Leaving Certificate Examination (including Day School Certificate (Higher) General paper), 1929
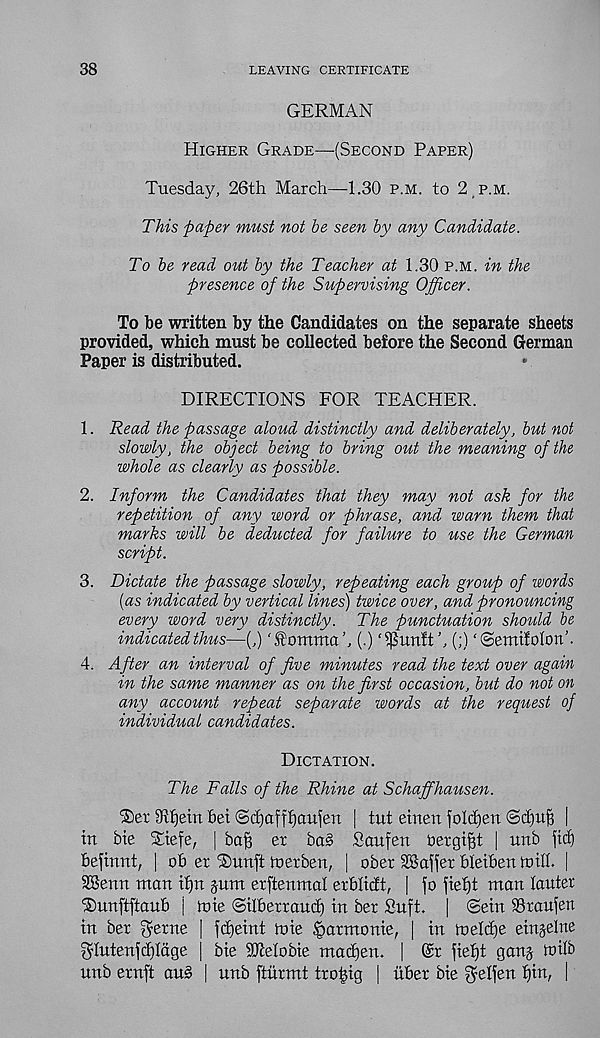
38
LEAVING CERTIFICATE
GERMAN
Higher Grade—(Second Paper)
Tuesday, 26th March—1.30 p.m. to 2 p.m.
This paper must not be seen by any Candidate.
To be read out by the Teacher at 1.30 p.m. in the
presence of the Supervising Officer.
To be written by the Candidates on the separate sheets
provided, which must be collected before the Second German
Paper is distributed.
DIRECTIONS FOR TEACHER.
1. Read the passage aloud distinctly and deliberately, but not
slowly, the object being to bring out the meaning of the
whole as clearly as possible.
2. Inform the Candidates that they may not ask for the
repetition of any word or phrase, and warn them that
marks will be deducted for failure to use the German
script.
3. Dictate the passage slowly, repeating each group of words
(as indicated by vertical lines) twice over, and pronouncing
every word very distinctly. The punctuation shoidd be
indicated thus—(,) 'f'ommah (.) ‘^unft’, (;) '©emifolon’.
4. After an interval of five minutes read the text over again
in the same manner as on the first occasion, but do not on
any account repeat separate words at the request of
individual candidates.
Dictation.
The Falls of the Rhine at Schaffhausen.
9vf)ein bet <3d)afff)au)en | tut emeu foId)en ©djuf) |
in bie Stefe, j baf? et ba§ Saufen bergif# | unb fid)
befinnt, | ob et ®unft toetben, | ober SBaffet bletben mill. |
SSevm man itjrt yum etftenmal erblidt, | fo field man lauter
Tmnftftaub | mie ©ilbettaud) in bet Suft. | ©ein SStaufen
in bet getne | fd)eint tnie fbatmonie, | in tneldie einjelne
^’Intenfdildge | bie SJtelobie mad)en. | @t fief)t ganj toilb
unb etnft aub | unb ftiitmt trobig | itbet bie f^elfen l)in, |